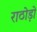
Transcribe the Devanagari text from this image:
राठोड़ो